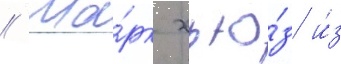
// Ма́рк хью́з и́з